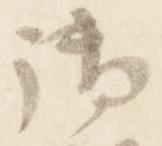
御